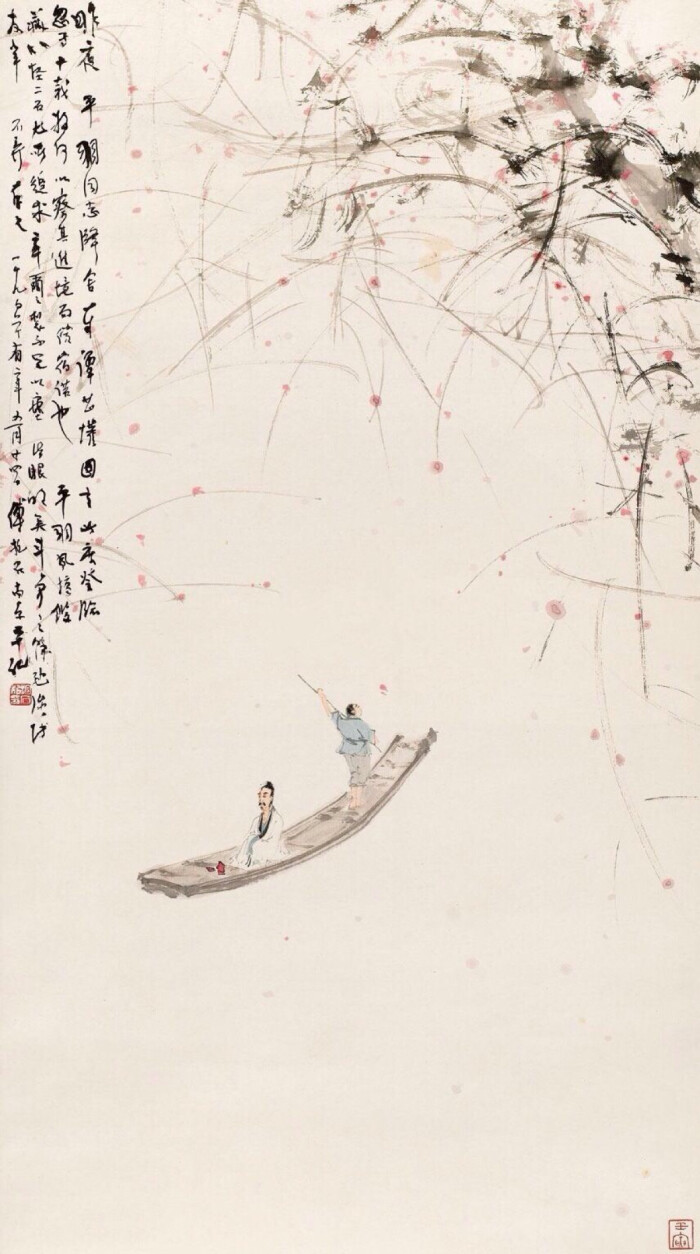
别梦依依到谢家，小廊回合曲阑斜。